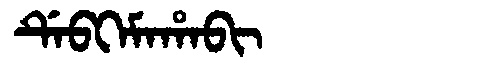
Manchu: ᡩᡝᠪᡴᡝᠮᠠᡥᠠᠪᡳ
Romanization: DEBKEMAHABI